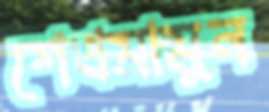
শেখমামুন